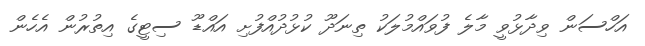
އަހްސަން ވިދާޅުވީ މާލެ ފުވައްމުލަކު ތިނަދޫ ކުޅުދުއްފުށި އައްޑޫ ސިޓީގެ އިތުރުން އެހެން